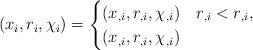
LaTeX: \begin{align*}(x_i,r_i,\chi_i) = \begin{cases}\left(x_{,i}, r_{,i}, \chi_{,i}\right) & r_{,i} < r_{,i}, \\\left(x_{,i}, r_{,i}, \chi_{,i}\right) & \end{cases}\end{align*}